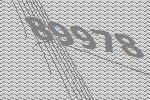
89978